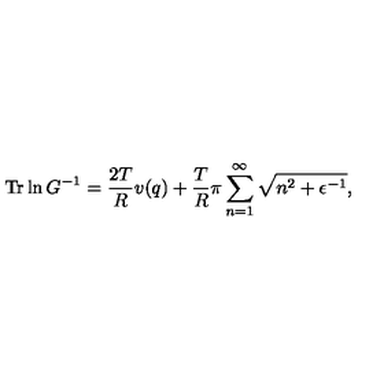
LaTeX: \mathrm { T r } \ln G ^ { - 1 } = \frac { 2 T } { R } v ( q ) + \frac { T } { R } \pi \sum _ { n = 1 } ^ { \infty } \sqrt { n ^ { 2 } + \epsilon ^ { - 1 } } { , }